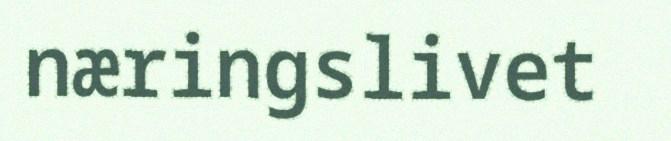
næringslivet